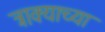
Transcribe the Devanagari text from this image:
त्राक्याच्या